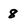
Character: 8